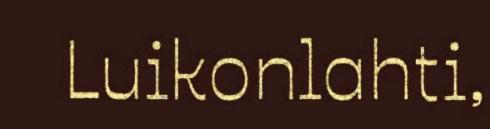
Luikonlahti,